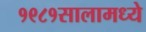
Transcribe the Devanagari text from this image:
१९८१सालामध्ये